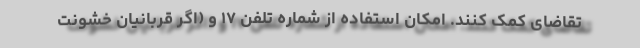
تقاضای کمک کنند. امکان استفاده از شماره تلفن ۱۷ و (اگر قربانیان خشونت